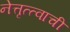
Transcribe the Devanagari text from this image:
नेत्तृत्त्वाची